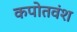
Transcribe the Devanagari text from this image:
कपोतवंश